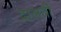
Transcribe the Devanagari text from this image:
दालती